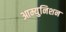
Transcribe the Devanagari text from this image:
आम्युनिशन